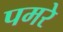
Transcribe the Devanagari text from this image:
पमरे